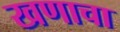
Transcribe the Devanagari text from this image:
खणाचा